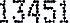
13451